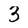
Character: 3